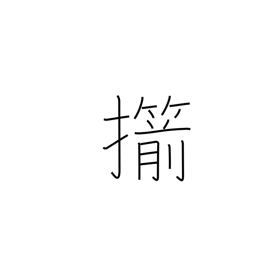
Meaning: straighten (an arrow)